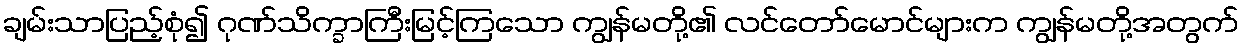
ချမ်းသာပြည့်စုံ၍ ဂုဏ်သိက္ခာကြီးမြင့်ကြသော ကျွန်မတို့၏ လင်တော်မောင်များက ကျွန်မတို့အတွက်